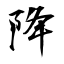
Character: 降